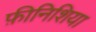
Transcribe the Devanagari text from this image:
फ़ीनिशिया